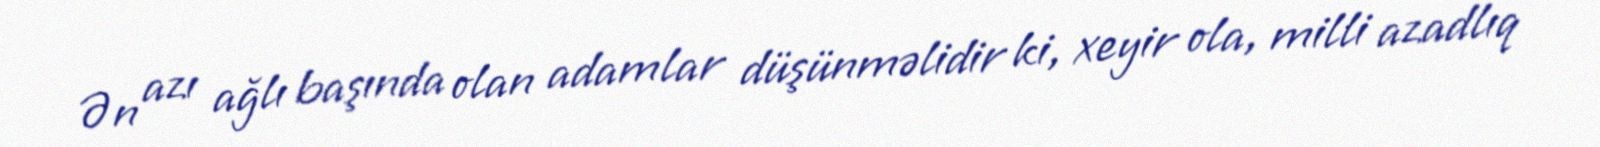
Ən azı ağlı başında olan adamlar düşünməlidir ki, xeyir ola, milli azadlıq